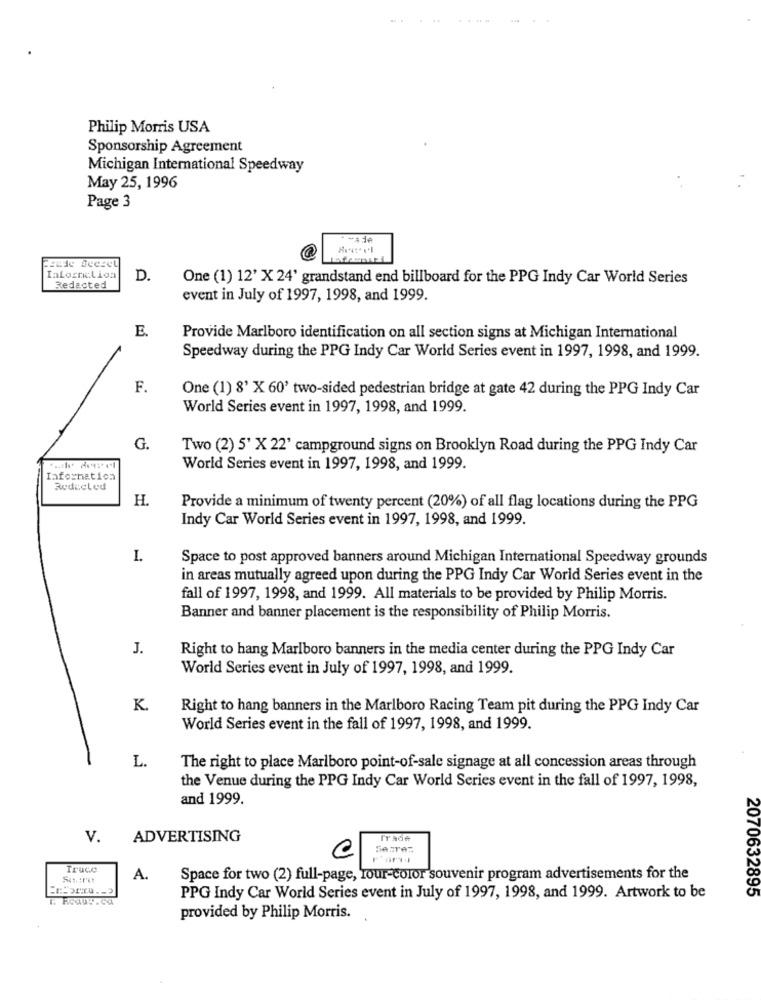
Philip Morris USA
Sponsorship Agreement
Michigan International Speedway
May 25, 1996
Page 3
IaLocriLion
D.
One (1) 12' X 24' grandstand end billboard for the PPG Indy Car World Series
Redacted
event in July of 1997, 1998, and 1999.
E.
Provide Marlboro identification on all section signs at Michigan International
Speedway during the PPG Indy Car World Series event in 1997, 1998, and 1999.
F.
One (1) 8' X 60' two-sided pedestrian bridge at gate 42 during the PPG Indy Car
World Series event in 1997, 1998, and 1999.
G.
Two (2) 5' X 22' campground signs on Brooklyn Road during the PPG Indy Car
World Series event in 1997, 1998, and 1999.
Informatica
Redeeled
H.
Provide a minimum of twenty percent (20%) of all flag locations during the PPG
Indy Car World Series event in 1997, 1998, and 1999.
I.
Space to post approved banners around Michigan International Speedway grounds
in areas mutually agreed upon during the PPG Indy Car World Series event in the
fall of 1997, 1998, and 1999. All materials to be provided by Philip Morris.
Banner and banner placement is the responsibility of Philip Morris.
J.
Right to hang Marlboro banners in the media center during the PPG Indy Car
World Series event in July of 1997, 1998, and 1999.
K.
Right to hang banners in the Marlboro Racing Team pit during the PPG Indy Car
World Series event in the fall of 1997, 1998, and 1999.
L.
The right to place Marlboro point-of-sale signage at all concession areas through
the Venue during the PPG Indy Car World Series event in the fall of 1997, 1998,
and 1999.
V.
ADVERTISING
Truce
A.
Space for two (2) full-page, four-color souvenir program advertisements for the
2070632895
PPG Indy Car World Series event in July of 1997, 1998, and 1999. Artwork to be
provided by Philip Morris.